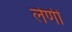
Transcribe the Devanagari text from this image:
लेणीं